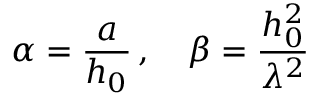
\alpha = \frac { a } { h _ { 0 } } \, , \quad \beta = \frac { h _ { 0 } ^ { 2 } } { \lambda ^ { 2 } } \,